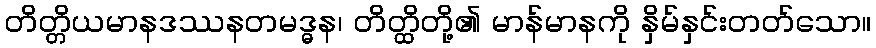
တိတ္တိယမာနဒဿနတမဒ္ဓန၊ တိတ္ထိတို့၏ မာန်မာနကို နှိမ်နှင်းတတ်သော။